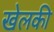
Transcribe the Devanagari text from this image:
खेलकी